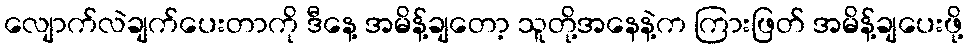
လျောက်လဲချက်ပေးတာကို ဒီနေ့ အမိန့်ချတော့ သူတို့အနေနဲ့က ကြားဖြတ် အမိန့်ချပေးဖို့